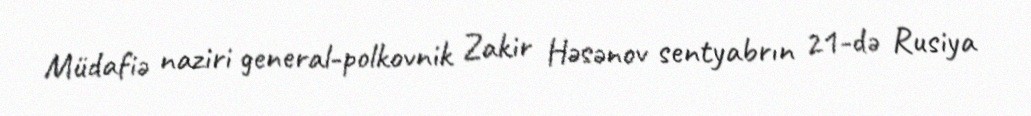
Müdafiə naziri general-polkovnik Zakir Həsənov sentyabrın 21-də Rusiya